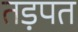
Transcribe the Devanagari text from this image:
तड़पत